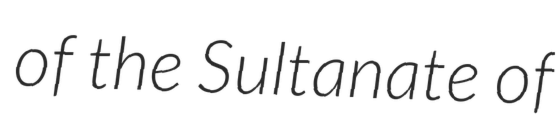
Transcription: of the Sultanate of